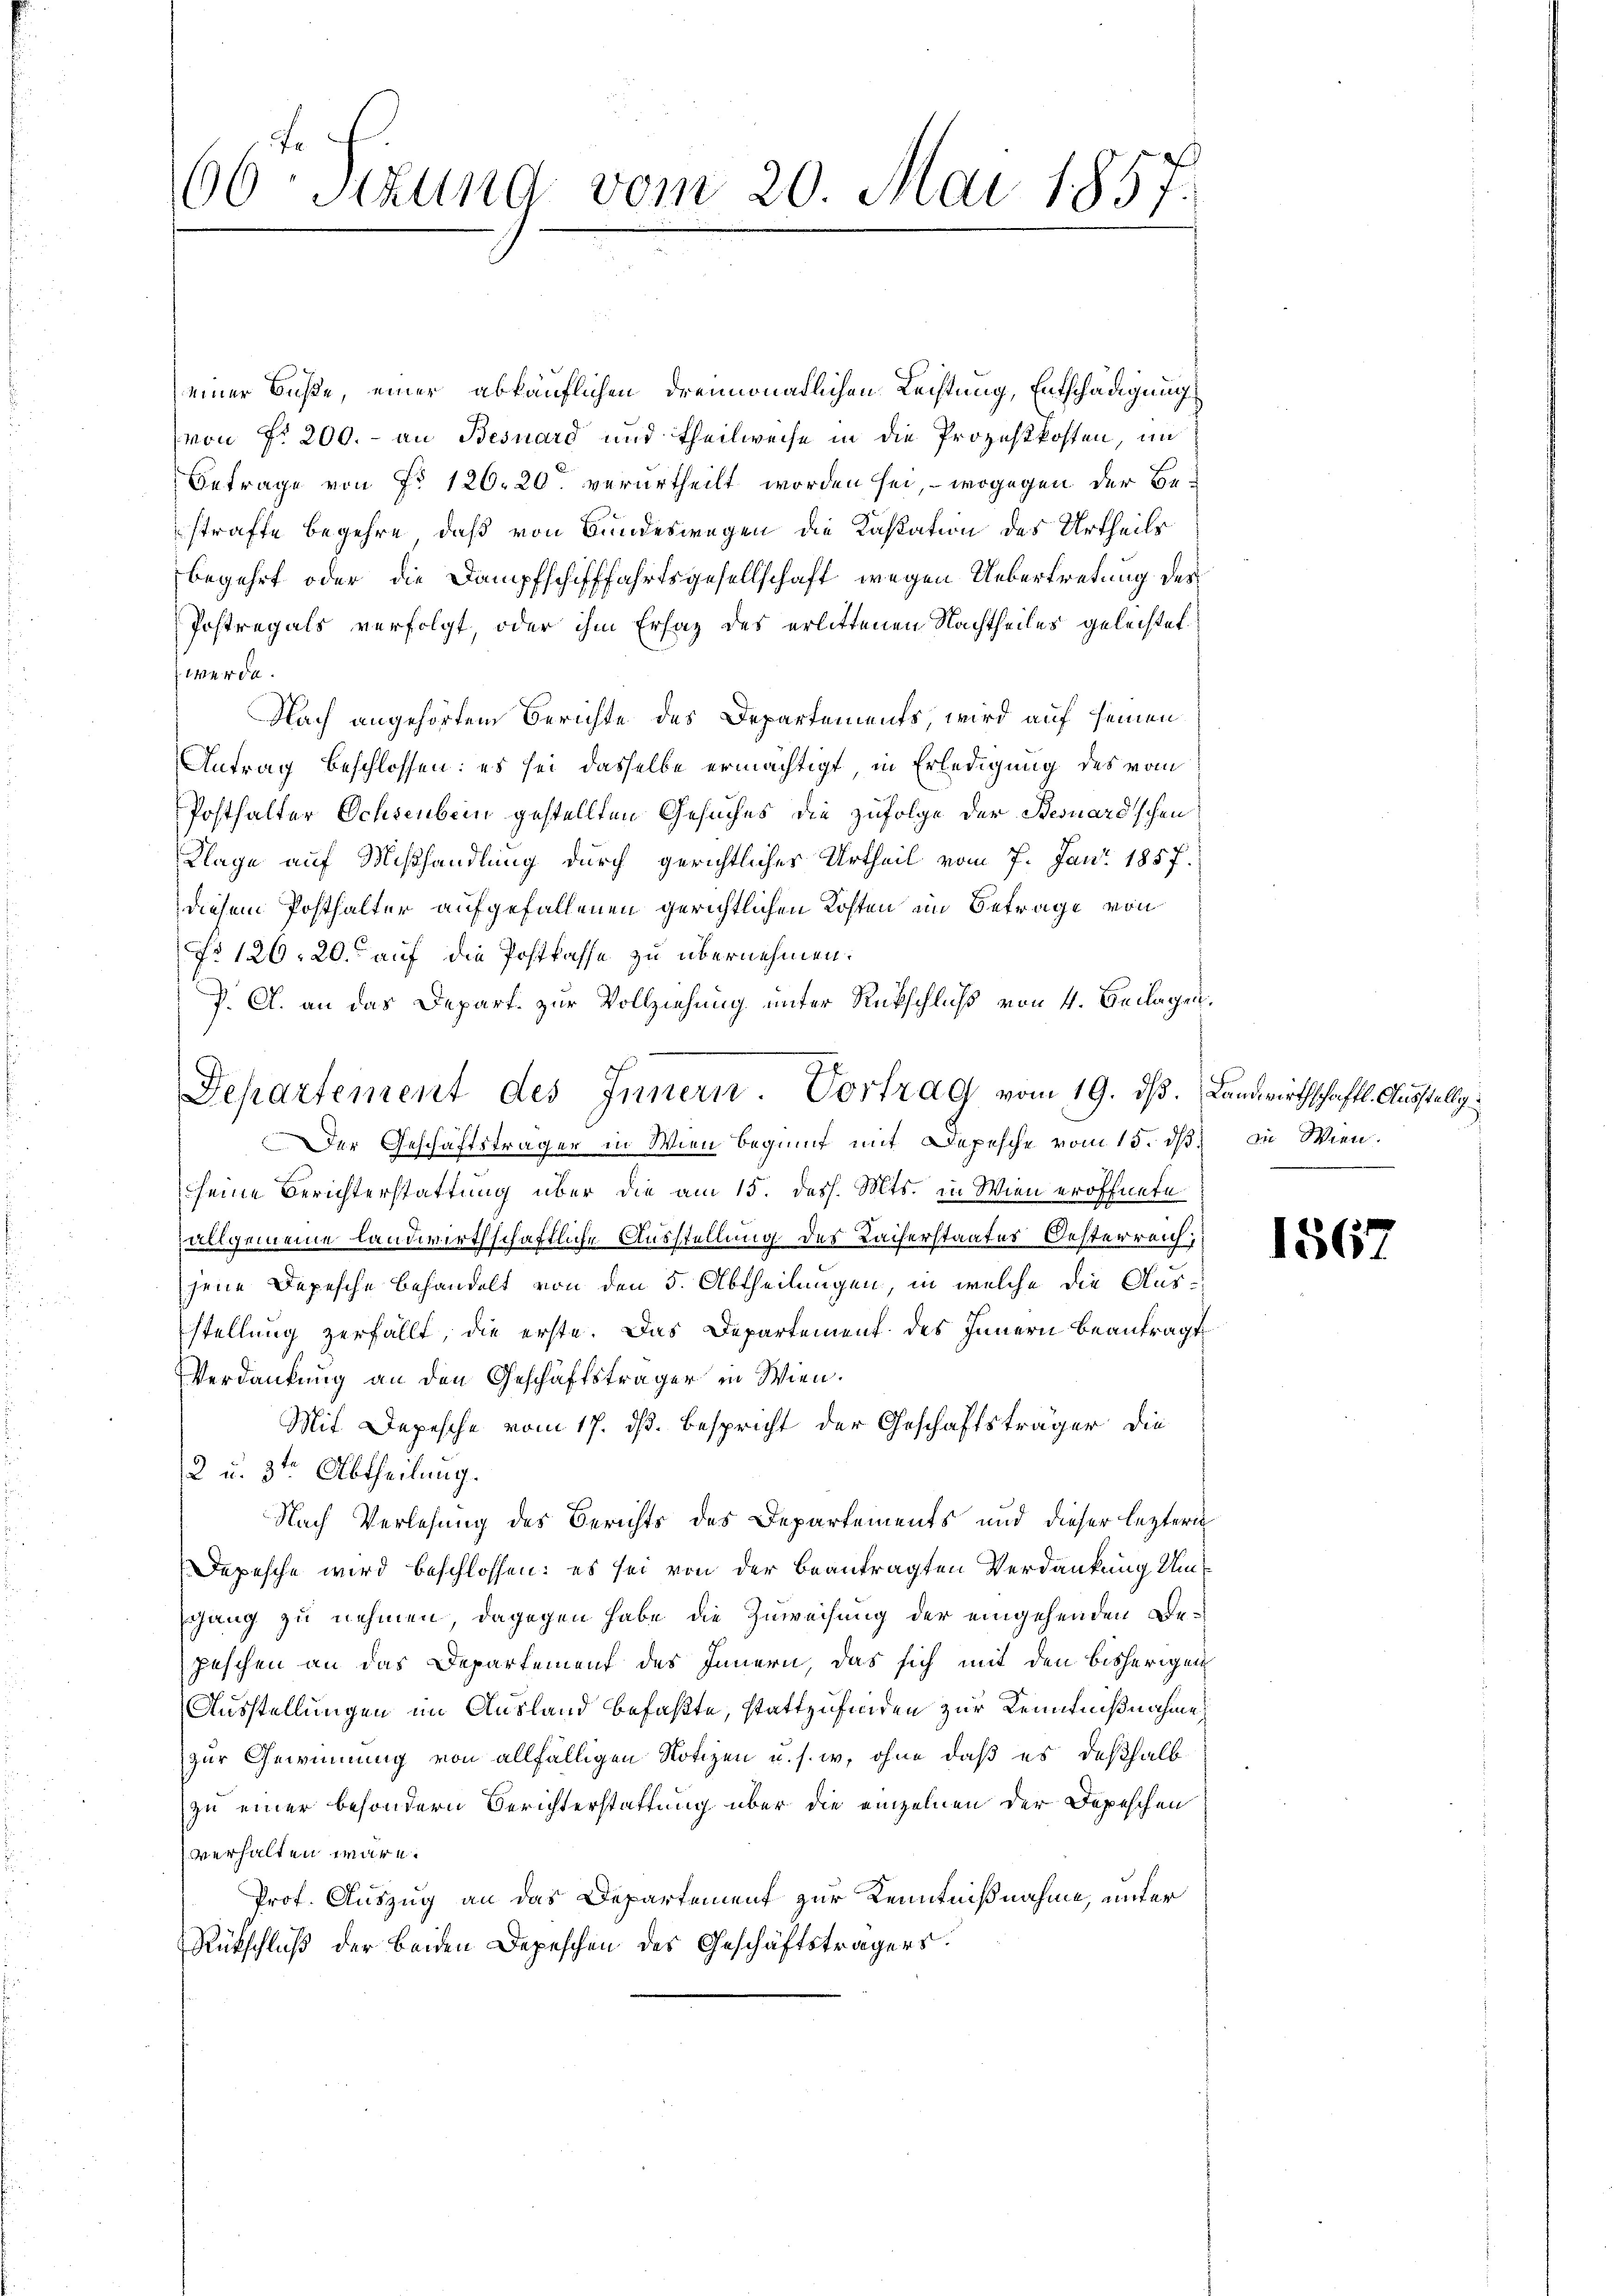
60 Stund vom 20. Mai 1857.
1

einer Buße, einer abkäuflichen dreimonatlichen Lechtung, Entschädigung
von Fr. 200.- an Besuard und Theilweise in die Prozeßkosten, im
Betrage von Fr. 126. 20 verurtheilt worden sei, wogegen der Bestrafte begehre, daß von Bundeswegen die Kastation des Urtheils
begehrt oder die Dampfschifffahrtsgesellschaft wegen Uebertretung des
Postregals verfolgt, oder ihm Ersaz des erlittenen Nachtheiles geleistet.
werde.
Nach angehörtem Berichte des Departements, wird auf seinen
Antrag beschlossen: es sei dasselbe ermächtigt, in Erledigung des vom
Posthalter Ochsenbein gestellten Gesuches die zufolge der Bernardischen
Klage auf Mißhandlung durch gerichtlicher Urtheil vom 7. Juni 1857.
diesem Posthalter aufgefallenen gerichtlichen Kosten ein Betrage von
No 126. 20. auf die Postkasse zu übernehmen.
P. C. an das Depart. zur Vollziehung unter Rückschluß von 4. Beilagen.
Der Geschäftsträger in Wien beginnt mit Depesche vom 15. dβ in Wien.
seine Berichterstattung über die am 15. dess. Mts. in Wien eröffnete
allgemeine landwirthschaftliche Ausstellung des Kaiserstaates Oesterreich;
jene Depesche Behandelt von den 5. Abtheilungen, in welche die Ausstellung zerfällt, die erste. Das Departement des Innern beantragt
Verdankung an den Geschäftsträger in Wien.
Mit Depesche vom 17. dß. Bespricht der Geschäftsträger die
2 u. 3ten Abtheilung.
Nach Verlesung des Berichts des Departements und dieser leztern
Depesche wird beschlossen: es sei von der beantragten Verdankung Umgang zu nehmen, dagegen habe die Zuweisung der eingehenden Bepeschen an das Departement des Innern, das sich mit den bisherigen
Ausstellungen im Ausland befaßte, stattzufinden zur Kenntnißnahme
zur Gewinnung von allfälligen Notizen u. s. w. ohne daß es deßhalb
zu einer besondern Berichterstattung über die einzelnen der Depeschen
verhalten wäre.
Prof. Auszug an das Departement zur Kenntnißnahme, unter
Rückschluß der beiden Depeschen des Geschäftsträgers.

Departement des Innern. Vortrag vom 19. ds. Landwirthschaftl. Ausstellg.

1567